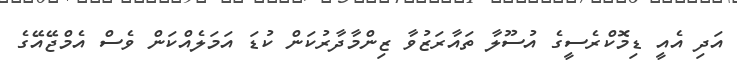
އަދި އެއީ ޑިމޮކްރެސީގެ އުސޫލާ ތައާރަޒުވާ ޒިންމާދާރުކަން ކުޑަ އަމަލެއްކަން ވެސް އެމްޖޭއޭގެ